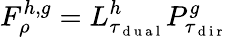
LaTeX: F_{\rho}^{h,g}=L_{\tau_{\mathrm{~d~u~a~l~}}}^{h}P_{\tau_{\mathrm{~d~i~r~}}}^{g}